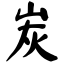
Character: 炭